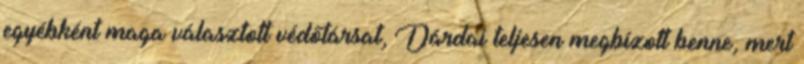
egyébként maga választott védőtársat, Dárdai teljesen megbízott benne, mert